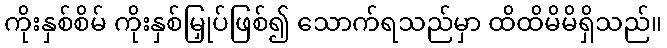
ကိုးနှစ်စိမ် ကိုးနှစ်မြှုပ်ဖြစ်၍ သောက်ရသည်မှာ ထိထိမိမိရှိသည်။